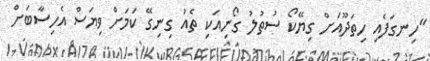
"ހިނގަފެއި ހިތަދޫއަށް ގިޔޭކޯ ސުތުލު ގޯނިއަކި ތެއު ގިނިގޭ ކަމަށް ވިޔަސް އެހިސާބަށް